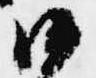
沙